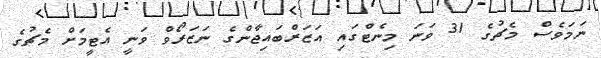
ނަމަވެސް މެޗުގެ 31 ވަނަ މިނެޓްގައި އަޒަރްބައިޖާންގެ ނަޒަރޯވް ވަނީ އެޓީމަށް މެޗުގެ